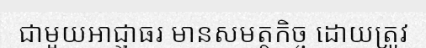
ជាមួយអាជ្ញាធរ មានសមត្ថកិច្ច ដោយត្រូវ